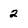
Character: 2